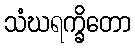
သံဃရက္ခိတော